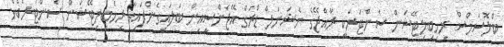
ބްލޮސަމްސް ރިހިބިލިޓޭޝަން ސެންޓަރަކީ ރާއްޖޭގެ ނެޝަނަލް ޑްރަގް އޭޖެންސީއިން ބަލައިގެންފައިވާ ރިހެބިލިޓޭޝަން ސެންޓަރެކެވެ.